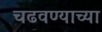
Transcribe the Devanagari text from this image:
चढवण्याच्या